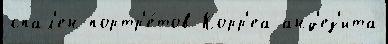
спал'ен портр'е́тов Корр'еа анд'ез'ита